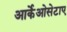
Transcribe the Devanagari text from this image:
आर्केओसेटाए